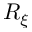
R _ { \xi }